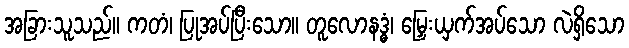
အခြားသူသည်။ ကတံ၊ ပြုအပ်ပြီးသော။ တူလောနဒ္ဓံ၊ မြှေးယှက်အပ်သော လဲရှိသော